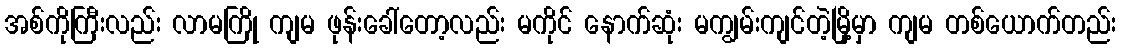
အစ်ကိုကြီးလည်း လာမကြို ကျမ ဖုန်းခေါ်တော့လည်း မကိုင် နောက်ဆုံး မကျွမ်းကျင်တဲ့မြို့မှာ ကျမ တစ်ယောက်တည်း